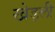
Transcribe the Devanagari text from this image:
खेड़ली